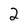
Character: 2